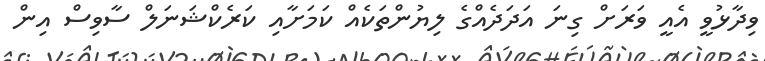
ވިދާޅުވީ އެއީ ވަރަށް ގިނަ އަދަދެއްގެ ލިޔުންތަކެއް ކަމަށާއި ކަރެކްޝަނަލް ސާވިސް އިން